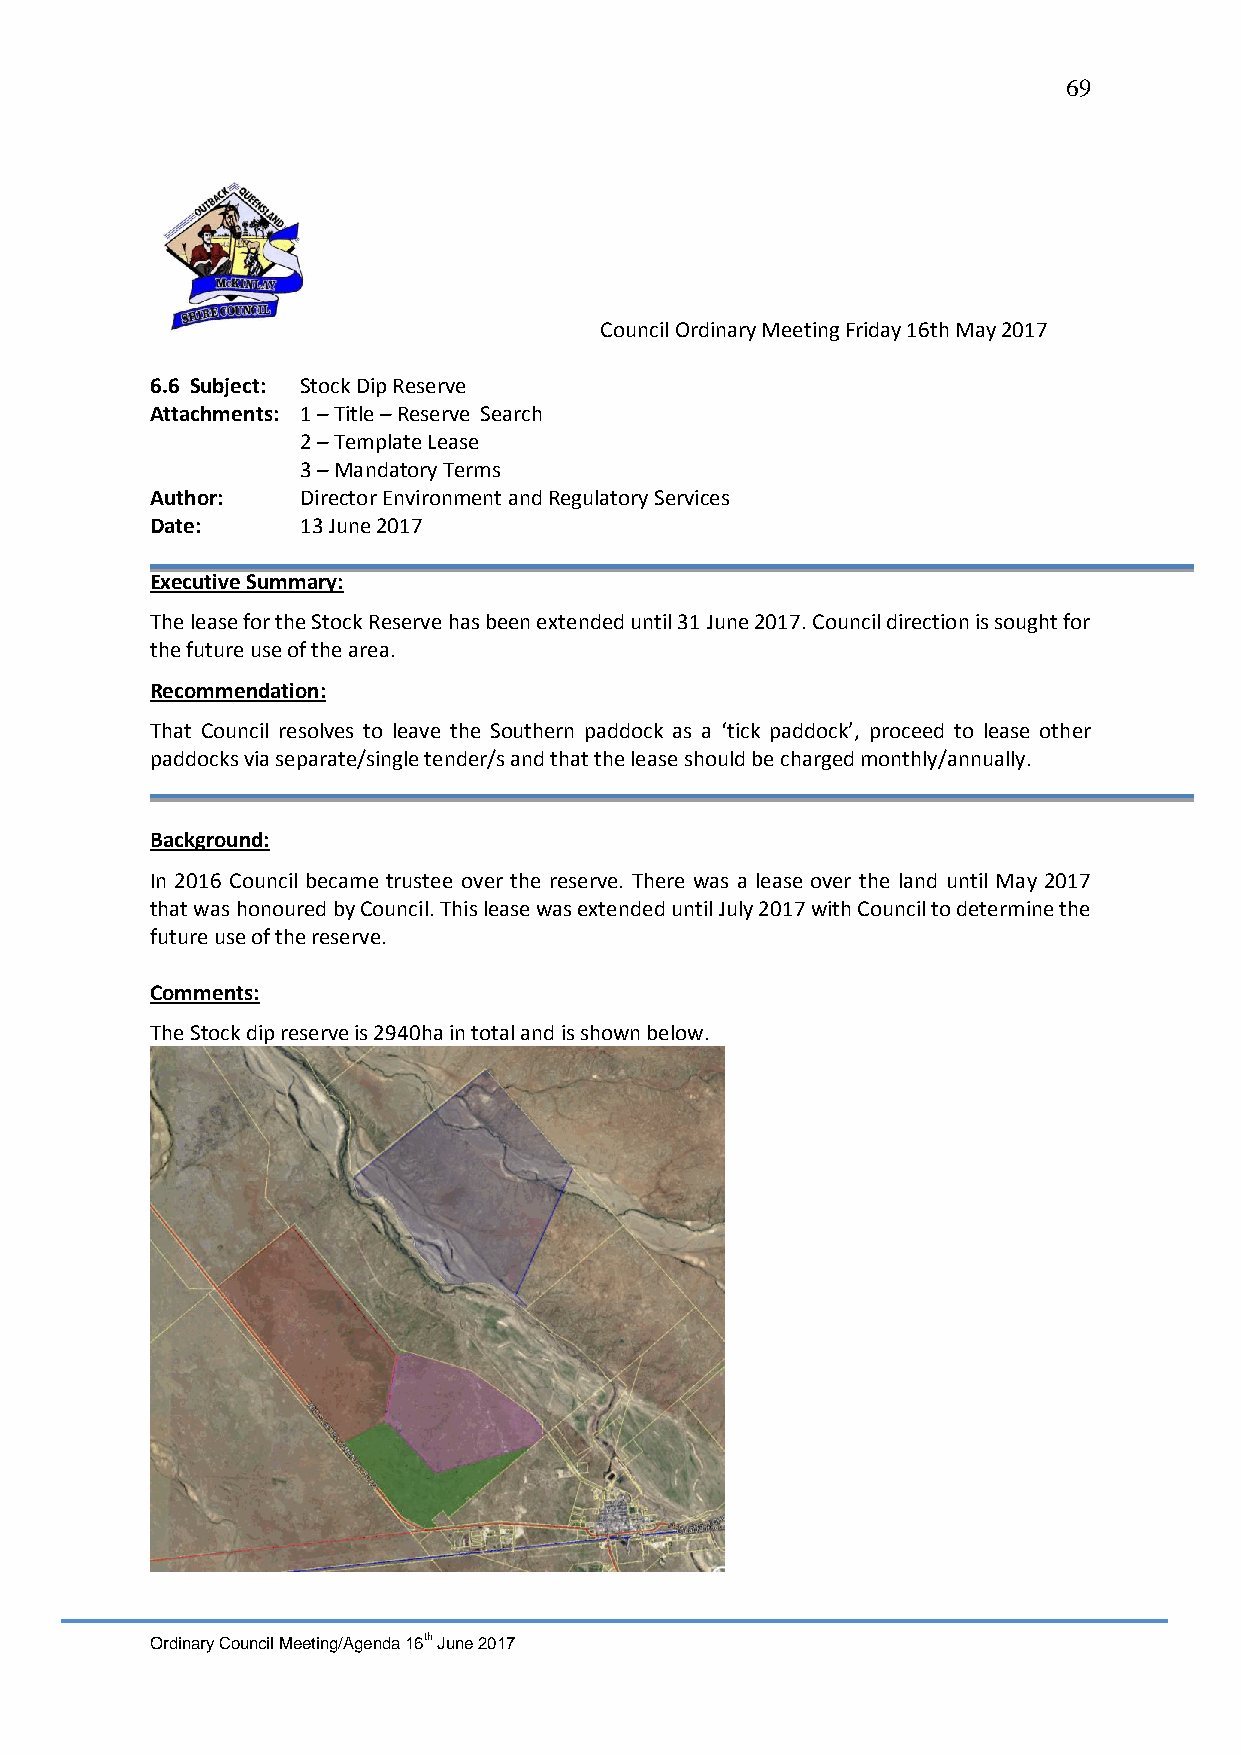
69
 Council Ordinary Meeting Friday 16th May 2017
 6.6 Subject: Stock Dip Reserve
 Attachments: 1 – Title – Reserve Search
 2 – Template Lease
 3 – Mandatory Terms
 Author:   Director Environment and Regulatory Services
 Date:     13 June 2017
 Executive Summary:
 The lease for the Stock Reserve has been extended until 31 June 2017. Council direction is sought for
 the future use of the area.
 Recommendation:
 That Council resolves to leave the Southern paddock as a ‘tick paddock’, proceed to lease other
 paddocks via separate/single tender/s and that the lease should be charged monthly/annually.
 Background:
 In 2016 Council became trustee over the reserve. There was a lease over the land until May 2017
 that was honoured by Council. This lease was extended until July 2017 with Council to determine the
 future use of the reserve.
 Comments:
 The Stock dip reserve is 2940ha in total and is shown below.
 Ordinary Council Meeting/Agenda 16th June 2017